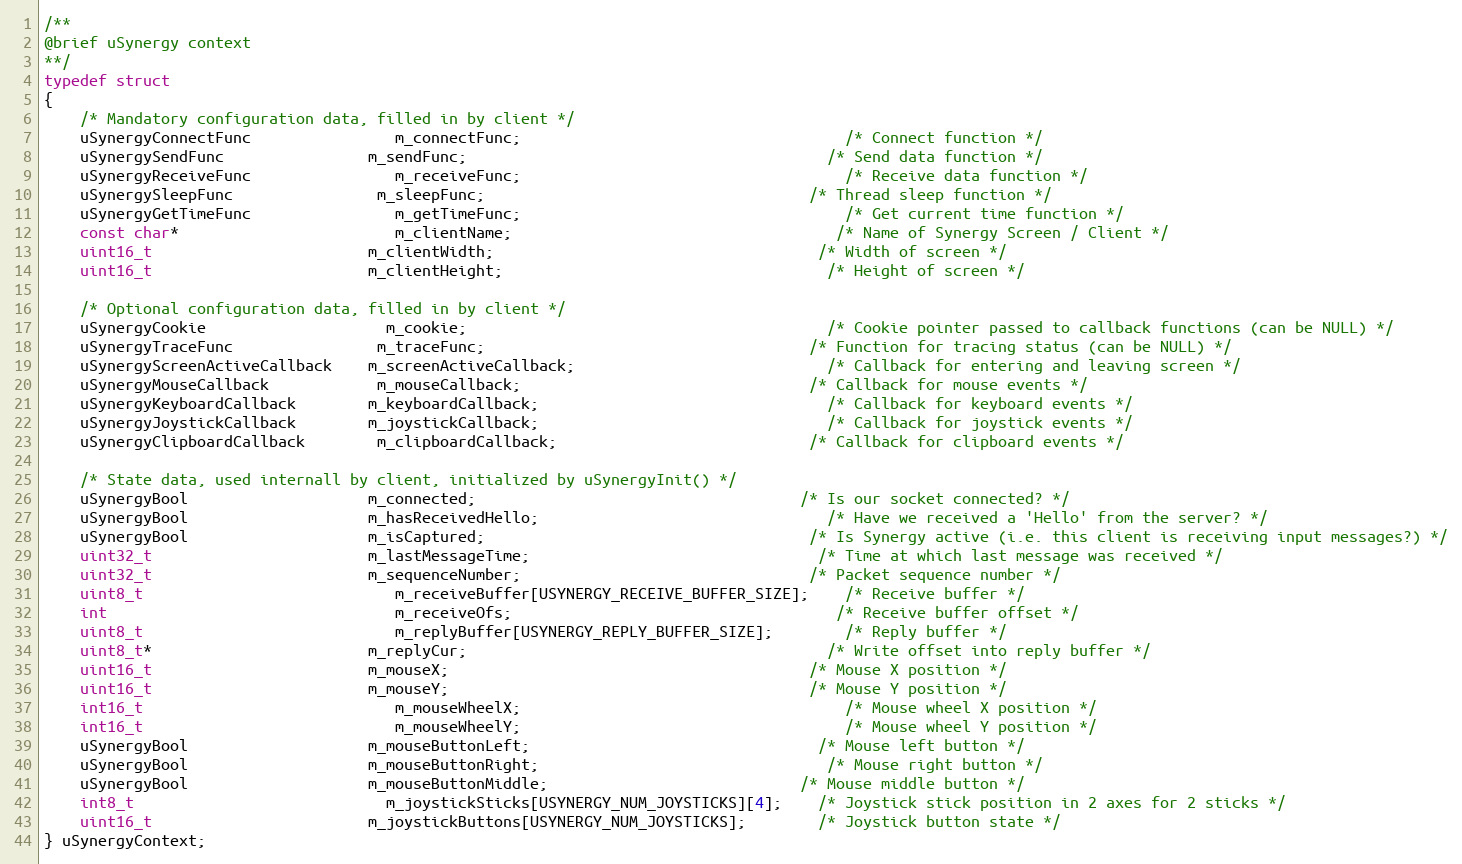
Language: C
/**
@brief uSynergy context
**/
typedef struct
{
	/* Mandatory configuration data, filled in by client */
	uSynergyConnectFunc				m_connectFunc;									/* Connect function */
	uSynergySendFunc				m_sendFunc;										/* Send data function */
	uSynergyReceiveFunc				m_receiveFunc;									/* Receive data function */
	uSynergySleepFunc				m_sleepFunc;									/* Thread sleep function */
	uSynergyGetTimeFunc				m_getTimeFunc;									/* Get current time function */
	const char*						m_clientName;									/* Name of Synergy Screen / Client */
	uint16_t						m_clientWidth;									/* Width of screen */
	uint16_t						m_clientHeight;									/* Height of screen */

	/* Optional configuration data, filled in by client */
	uSynergyCookie					m_cookie;										/* Cookie pointer passed to callback functions (can be NULL) */
	uSynergyTraceFunc				m_traceFunc;									/* Function for tracing status (can be NULL) */
	uSynergyScreenActiveCallback	m_screenActiveCallback;							/* Callback for entering and leaving screen */
	uSynergyMouseCallback			m_mouseCallback;								/* Callback for mouse events */
	uSynergyKeyboardCallback		m_keyboardCallback;								/* Callback for keyboard events */
	uSynergyJoystickCallback		m_joystickCallback;								/* Callback for joystick events */
	uSynergyClipboardCallback		m_clipboardCallback;							/* Callback for clipboard events */

	/* State data, used internall by client, initialized by uSynergyInit() */
	uSynergyBool					m_connected;									/* Is our socket connected? */
	uSynergyBool					m_hasReceivedHello;								/* Have we received a 'Hello' from the server? */
	uSynergyBool					m_isCaptured;									/* Is Synergy active (i.e. this client is receiving input messages?) */
	uint32_t						m_lastMessageTime;								/* Time at which last message was received */
	uint32_t						m_sequenceNumber;								/* Packet sequence number */
	uint8_t							m_receiveBuffer[USYNERGY_RECEIVE_BUFFER_SIZE];	/* Receive buffer */
	int								m_receiveOfs;									/* Receive buffer offset */
	uint8_t							m_replyBuffer[USYNERGY_REPLY_BUFFER_SIZE];		/* Reply buffer */
	uint8_t*						m_replyCur;										/* Write offset into reply buffer */
	uint16_t						m_mouseX;										/* Mouse X position */
	uint16_t						m_mouseY;										/* Mouse Y position */
	int16_t							m_mouseWheelX;									/* Mouse wheel X position */
	int16_t							m_mouseWheelY;									/* Mouse wheel Y position */
	uSynergyBool					m_mouseButtonLeft;								/* Mouse left button */
	uSynergyBool					m_mouseButtonRight;								/* Mouse right button */
	uSynergyBool					m_mouseButtonMiddle;							/* Mouse middle button */
	int8_t							m_joystickSticks[USYNERGY_NUM_JOYSTICKS][4];	/* Joystick stick position in 2 axes for 2 sticks */
	uint16_t						m_joystickButtons[USYNERGY_NUM_JOYSTICKS];		/* Joystick button state */
} uSynergyContext;